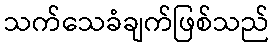
သက်သေခံချက်ဖြစ်သည်